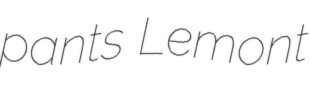
pants Lemont